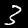
Label: 3